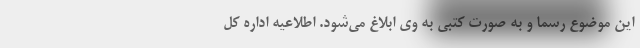
این موضوع رسما و به صورت کتبی به وی ابلاغ می‌شود. اطلاعیه اداره کل